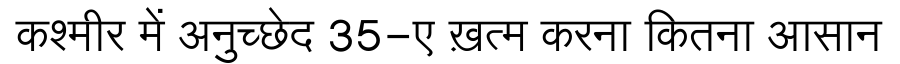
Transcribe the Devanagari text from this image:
कश्मीर में अनुच्छेद 35-ए ख़त्म करना कितना आसान